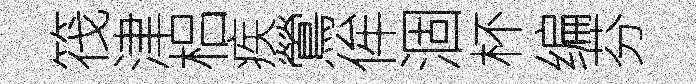
筏津梠疾鶯侔涸杯编芬